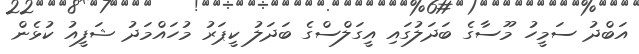
އަބްދު ސަމީހު މޫސާގެ ބަދަލުގައި އީގަލްސްގެ ބަދަލު ކީޕަރު މުހައްމަދު ޝަފީއު ކުޅެން